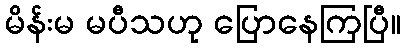
မိန်းမ မပီသဟု ပြောနေကြပြီ။